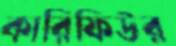
কারিফিউর